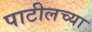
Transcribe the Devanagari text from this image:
पाटीलच्या